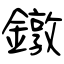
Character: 鐓